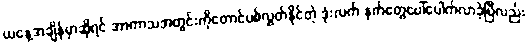
ယနေ့အချိန်မှာဆိုရင် အာကာသအတွင်းကိုတောင်ပစ်လွှတ်နိုင်တဲ့ ဒုံးလက် နက်တွေပေါ်ပေါက်လာခဲ့ပြီလည်း